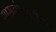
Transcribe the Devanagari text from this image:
सासनंकाठीचा